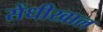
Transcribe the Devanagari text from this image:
सेंधीखाल